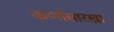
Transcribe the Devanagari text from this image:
कर्णासारखा